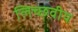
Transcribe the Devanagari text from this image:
लिच्छवीय